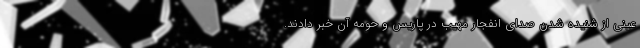
عینی از شنیده شدن صدای انفجار مهیب در پاریس و حومه آن خبر دادند.